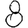
Digit: 8